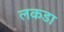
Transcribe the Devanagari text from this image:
लकडा